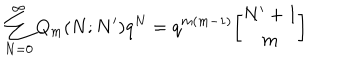
\sum _ { N = 0 } ^ { \infty } Q _ { m } ( N ; N ^ { \prime } ) q ^ { N } = q ^ { m ( m - 1 ) } { N ^ { \prime } + 1 \atopwithdelims [ ] m }